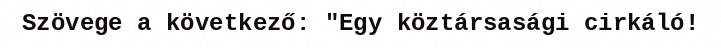
Szövege a következő: "Egy köztársasági cirkáló!